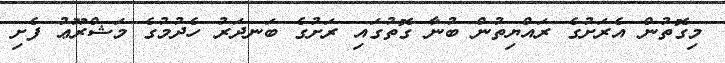
މިގޮތުން އެރަށުގެ ރައްޔިތުން ބުނާ ގޮތުގައި ރަށުގެ ބަނދަރު ހެދުމުގެ މަޝްރޫޢު ފެށި